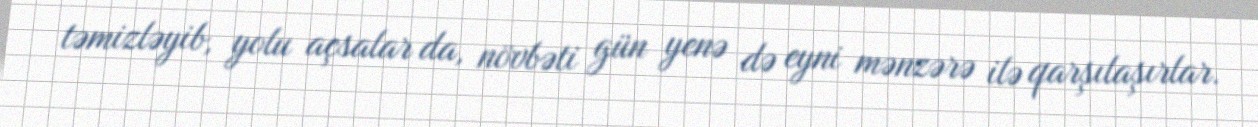
təmizləyib, yolu açsalar da, növbəti gün yenə də eyni mənzərə ilə qarşılaşırlar.